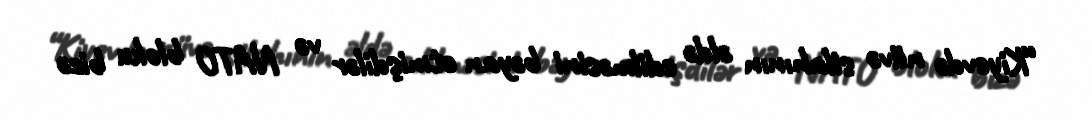
“Kiyevdə nüvə silahının əldə edilməsini bəyan etmişdilər və NATO bloku bizə